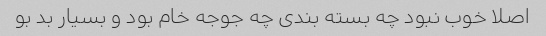
اصلا خوب نبود چه بسته بندی چه جوجه خام بود و بسیار بد بو